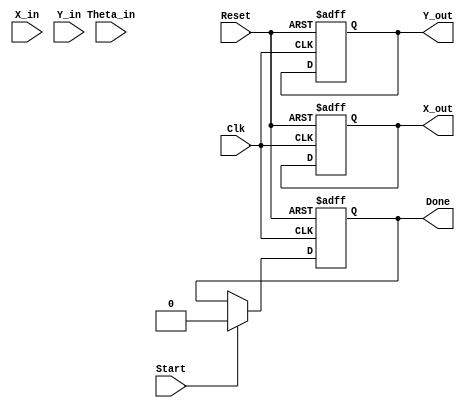
module cordic_fixed_point (
    input wire signed [15:0] X_in,      // Fixed-point input x-coordinate
    input wire signed [15:0] Y_in,      // Fixed-point input y-coordinate
    input wire signed [15:0] Theta_in,   // Fixed-point input angle (in radians)
    input wire Start,                    // Control signal to start the operation
    input wire Clk,                      // Clock signal
    input wire Reset,                    // Asynchronous reset
    output reg signed [15:0] X_out,      // Fixed-point output x-coordinate
    output reg signed [15:0] Y_out,      // Fixed-point output y-coordinate
    output reg Done                      // Control signal indicating completion
);

    // Parameters
    parameter NUM_ITERATIONS = 16;      // Number of CORDIC iterations
    parameter FIXED_POINT_FRACTIONAL_BITS = 14; // Number of bits for fractional part

    // Internal signals
    reg signed [15:0] X;                 // Internal x-coordinate
    reg signed [15:0] Y;                 // Internal y-coordinate
    reg signed [15:0] Z;                 // Internal angle
    reg [3:0] i;                         // Iteration counter
    reg signed [15:0] Gain;              // Scaling factor
    reg signed [15:0] atan_table [0:NUM_ITERATIONS-1]; // Arctangent lookup table
    reg d;                                // Direction of rotation

    // Initialize the arctangent lookup table
    initial begin
        atan_table[0] = 16'h2000; // atan(2^-0) in fixed-point
        atan_table[1] = 16'h1000; // atan(2^-1) in fixed-point
        atan_table[2] = 16'h0800; // atan(2^-2) in fixed-point
        atan_table[3] = 16'h0400; // atan(2^-3) in fixed-point
        atan_table[4] = 16'h0200; // atan(2^-4) in fixed-point
        atan_table[5] = 16'h0100; // atan(2^-5) in fixed-point
        atan_table[6] = 16'h0080; // atan(2^-6) in fixed-point
        atan_table[7] = 16'h0040; // atan(2^-7) in fixed-point
        atan_table[8] = 16'h0020; // atan(2^-8) in fixed-point
        atan_table[9] = 16'h0010; // atan(2^-9) in fixed-point
        atan_table[10] = 16'h0008; // atan(2^-10) in fixed-point
        atan_table[11] = 16'h0004; // atan(2^-11) in fixed-point
        atan_table[12] = 16'h0002; // atan(2^-12) in fixed-point
        atan_table[13] = 16'h0001; // atan(2^-13) in fixed-point
        atan_table[14] = 16'h0000; // atan(2^-14) in fixed-point
        atan_table[15] = 16'h0000; // atan(2^-15) in fixed-point
    end

    // Gain calculation (for normalization)
    initial begin
        Gain = 16'h26DD; // Fixed-point representation of 1/sqrt(1+2^-2) for 16 iterations
    end

    // Sequential logic
    always @(posedge Clk or posedge Reset) begin
        if (Reset) begin
            X <= 0;
            Y <= 0;
            Z <= 0;
            i <= 0;
            Done <= 0;
            X_out <= 0;
            Y_out <= 0;
        end else if (Start) begin
            // Initialize the values
            X <= X_in * Gain; // Scale the input
            Y <= Y_in * Gain; // Scale the input
            Z <= Theta_in;     // Load the angle
            i <= 0;           // Reset iteration counter
            Done <= 0;       // Clear done signal
        end else if (i < NUM_ITERATIONS) begin
            // CORDIC iteration logic
            d = (Z < 0) ? 1'b1 : 1'b0; // Determine the direction
            if (d) begin
                X <= X + (Y >>> i); // Update x
                Y <= Y - (X >>> i); // Update y
                Z <= Z + atan_table[i]; // Update angle
            end else begin
                X <= X - (Y >>> i); // Update x
                Y <= Y + (X >>> i); // Update y
                Z <= Z - atan_table[i]; // Update angle
            end
            i <= i + 1; // Increment iteration counter
        end else if (i == NUM_ITERATIONS) begin
            // Final output assignment
            X_out <= X >>> FIXED_POINT_FRACTIONAL_BITS; // Scale back the output
            Y_out <= Y >>> FIXED_POINT_FRACTIONAL_BITS; // Scale back the output
            Done <= 1; // Set done signal
        end
    end
endmodule